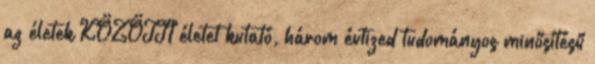
az életek KÖZÖTTI életet kutató, három évtized tudományos minősítésű